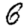
Digit: 6